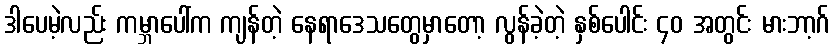
ဒါပေမဲ့လည်း ကမ္ဘာပေါ်က ကျန်တဲ့ နေရာဒေသတွေမှာတော့ လွန်ခဲ့တဲ့ နှစ်ပေါင်း ၄၀ အတွင်း မားဘာ့ဂ်